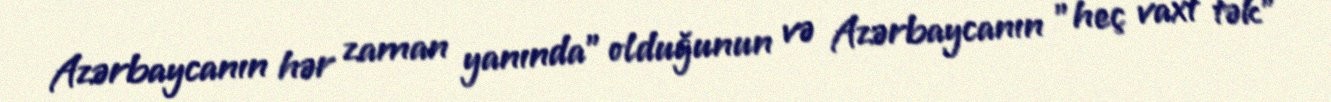
Azərbaycanın hər zaman yanında" olduğunun və Azərbaycanın "heç vaxt tək"